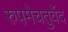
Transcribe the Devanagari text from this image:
रुपमेचतुर्वेद